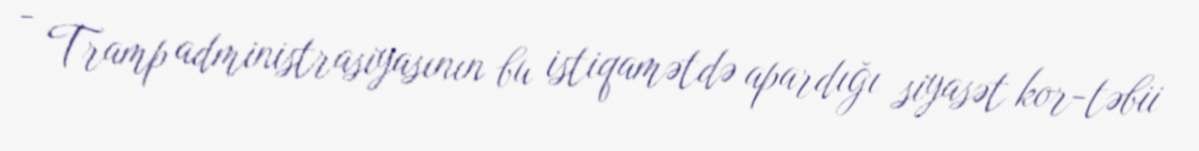
- Tramp administrasiyasının bu istiqamətdə apardığı siyasət kor-təbii